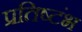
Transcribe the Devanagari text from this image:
प्रतिष्टंभ